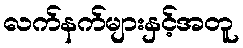
လက်နက်များနှင့်အတူ